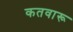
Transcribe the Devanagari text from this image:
कतवारू